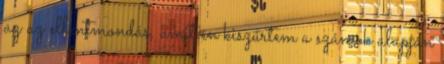
az az ellentmondás, amit én kiszűrtem a számok alapján